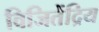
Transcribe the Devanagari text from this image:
विजितेंद्रिय